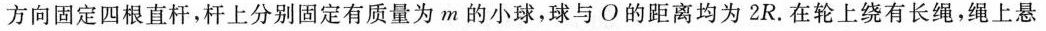
方向固定四根直杆，杆上分别固定有质量为m的小球，球与O的距离均为2R。在轮上绕有长绳，绳上悬